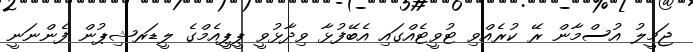
ޖަމީލު އުސްމާން ރޭ ކުރެއްވި ޓުވީޓެއްގައި އެބޭފުޅާ ވިދާޅުވީ ޕީޕީއެމްގެ ލީޑަރޝިޕުން ފެންނަނީ